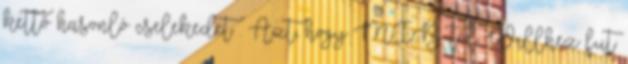
kettő hasonló cselekedet . Azt, hogy MIB-től Willhez fut